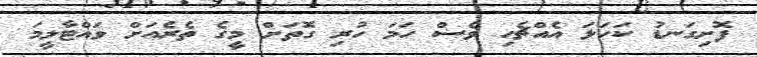
ފޮށިގަނޑު ކަހަލަ އެއްޗެހި ވެސް ހަމަ ހުރި ގޮތަށް މީގެ ތެރެއަށް ވައްޓާލީމަ